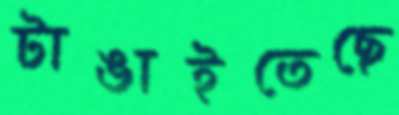
টাঙাইতেছে